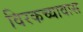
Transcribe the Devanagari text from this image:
विरकच्यावास